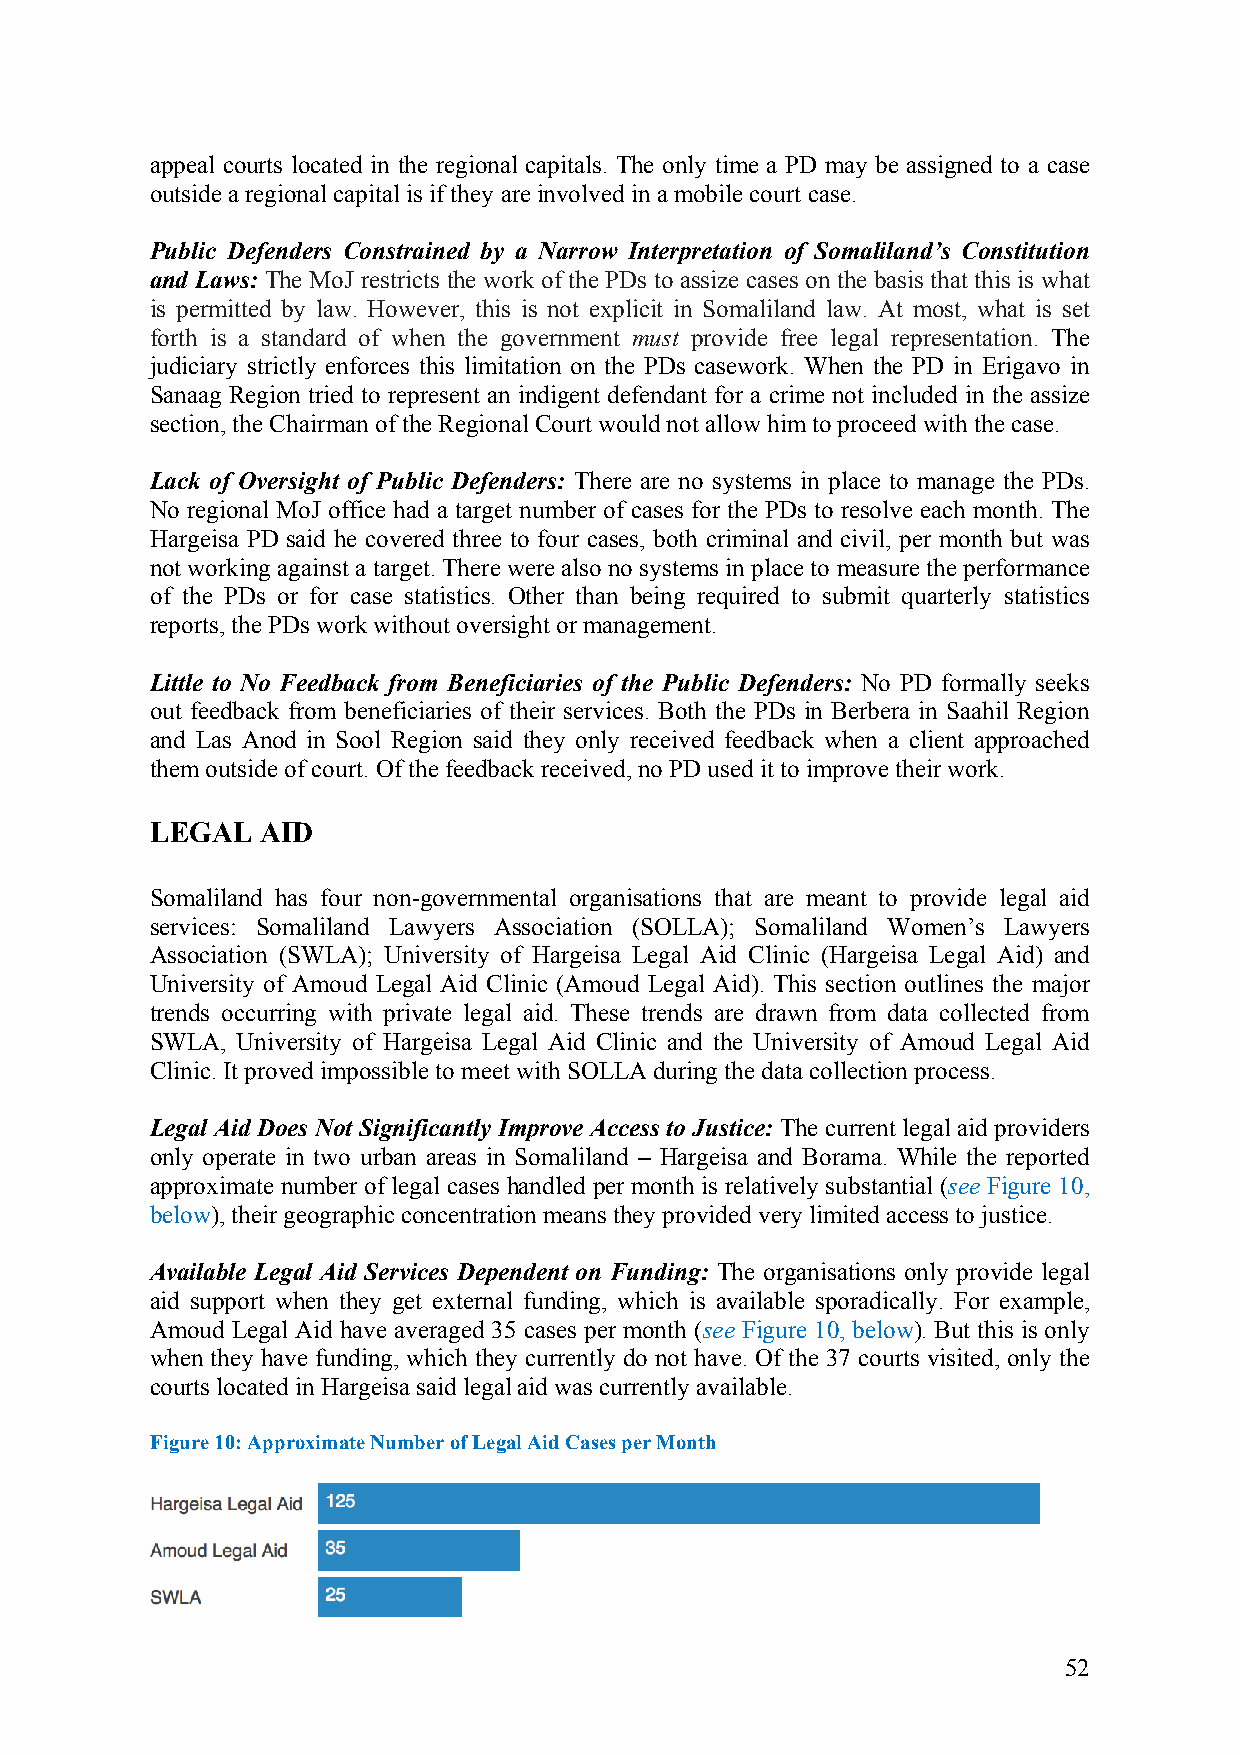
appeal courts located in the regional capitals. The only time a PD may be assigned to a case
 outside a regional capital is if they are involved in a mobile court case.
 Public Defenders Constrained by a Narrow Interpretation of Somaliland’s Constitution
 and Laws: The MoJ restricts the work of the PDs to assize cases on the basis that this is what
 is permitted by law. However, this is not explicit in Somaliland law. At most, what is set
 forth is a standard of when the government must provide free legal representation. The
 judiciary strictly enforces this limitation on the PDs casework. When the PD in Erigavo in
 Sanaag Region tried to represent an indigent defendant for a crime not included in the assize
 section, the Chairman of the Regional Court would not allow him to proceed with the case.
 Lack of Oversight of Public Defenders: There are no systems in place to manage the PDs.
 No regional MoJ office had a target number of cases for the PDs to resolve each month. The
 Hargeisa PD said he covered three to four cases, both criminal and civil, per month but was
 not working against a target. There were also no systems in place to measure the performance
 of the PDs or for case statistics. Other than being required to submit quarterly statistics
 reports, the PDs work without oversight or management.
 Little to No Feedback from Beneficiaries of the Public Defenders: No PD formally seeks
 out feedback from beneficiaries of their services. Both the PDs in Berbera in Saahil Region
 and Las Anod in Sool Region said they only received feedback when a client approached
 them outside of court. Of the feedback received, no PD used it to improve their work.
 LEGAL  AID
 Somaliland has four non-governmental organisations that are meant to provide legal aid
 services: Somaliland Lawyers Association (SOLLA); Somaliland Women’s Lawyers
 Association (SWLA); University of Hargeisa Legal Aid Clinic (Hargeisa Legal Aid) and
 University of Amoud Legal Aid Clinic (Amoud Legal Aid). This section outlines the major
 trends occurring with private legal aid. These trends are drawn from data collected from
 SWLA, University of Hargeisa Legal Aid Clinic and the University of Amoud Legal Aid
 Clinic. It proved impossible to meet with SOLLA during the data collection process.
 Legal Aid Does Not Significantly Improve Access to Justice: The current legal aid providers
 only operate in two urban areas in Somaliland – Hargeisa and Borama. While the reported
 approximate number of legal cases handled per month is relatively substantial (see Figure 10,
 below), their geographic concentration means they provided very limited access to justice.
 Available Legal Aid Services Dependent on Funding: The organisations only provide legal
 aid support when they get external funding, which is available sporadically. For example,
 Amoud Legal Aid have averaged 35 cases per month (see Figure 10, below). But this is only
 when they have funding, which they currently do not have. Of the 37 courts visited, only the
 courts located in Hargeisa said legal aid was currently available.
 Figure 10: Approximate Number of Legal Aid Cases per Month
 52